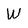
Character: W